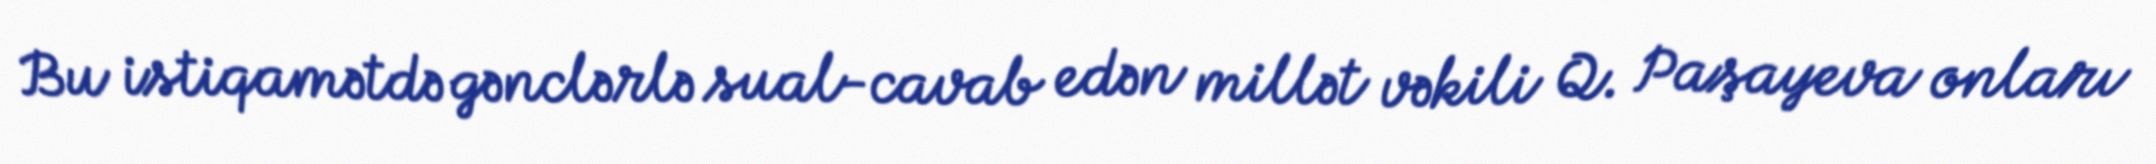
Bu istiqamətdə gənclərlə sual-cavab edən millət vəkili Q. Paşayeva onları